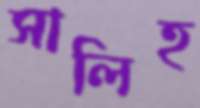
সালিহ